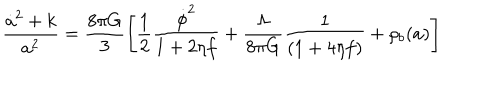
LaTeX: \frac { \dot { a } ^ { 2 } + k } { a ^ { 2 } } = \frac { 8 \pi G } { 3 } \left[ \frac { 1 } { 2 } \frac { \dot { \phi } ^ { 2 } } { 1 + 2 \eta f } + \frac { \Lambda } { 8 \pi G } \frac { 1 } { ( 1 + 4 \eta f ) } + { \rho _ { b } ( a ) } \right]